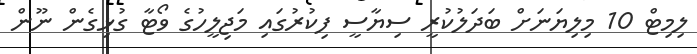
ލިމިޓް 10 މިލިޔަނަށް ބަދަލުކުރީ ސިޔާސީ ފިކުރުގައި މަޖިލީހުގެ ވޯޓާ ގުޅިގެން ނޫން